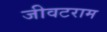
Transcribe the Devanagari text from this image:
जीवटराम